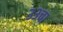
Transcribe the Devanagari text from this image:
३३चा